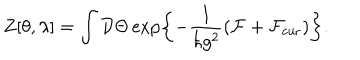
Z [ \theta , \lambda ] = \int { \cal D } \Theta \exp \left\{ - \frac { 1 } { \hbar g ^ { 2 } } \left( { \cal F } + { \cal F } _ { \mathrm { c u r } } \right) \right\} .